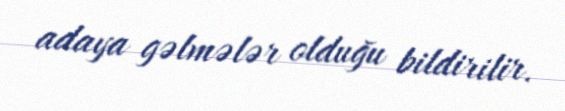
adaya gəlmələr olduğu bildirilir.